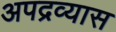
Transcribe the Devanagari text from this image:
अपद्रव्यास